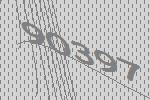
90397